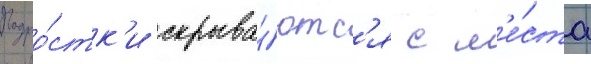
Подро́стк'и скрыва́ютс'я с м'е́ста